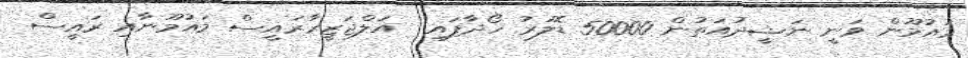
މައުމޫން ވަނީ ނަޝީދުއަތުން 50000 ޑޮލަރު ހޯދާފައި  އަލްޖަޒީރާރައީސް މައުމޫނާއި ރައީސް